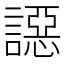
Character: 䜑